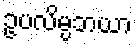
ဥပလိမ္ပဘယာ